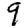
Digit: 9